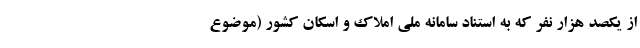
از یکصد هزار نفر که به استناد سامانه ملی املاک و اسکان کشور (موضوع